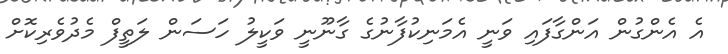
އެ އެންގުން އަންގާފައި ވަނީ އެމަނިކުފާނުގެ ގާނޫނީ ވަކީލު ހަސަން ލަތީފް މެދުވެރިކޮށް